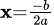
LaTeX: \scriptstyle\mathbf{x}={\frac{{-b}}{{2a}}}